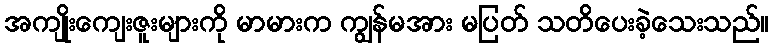
အကျိုးကျေးဇူးများကို မာမားက ကျွန်မအား မပြတ် သတိပေးခဲ့သေးသည်။